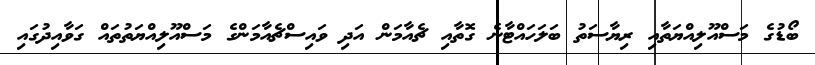
ބޯޑުގެ މަސްއޫލިއްޔަތާއި ރިޔާސަތު ބަލަހައްޓާނެ ގޮތާއި ޗެއާމަން އަދި ވައިސްޗެއާމަންގެ މަސްއޫލިއްޔަތުތައް ގަވާއިދުގައި